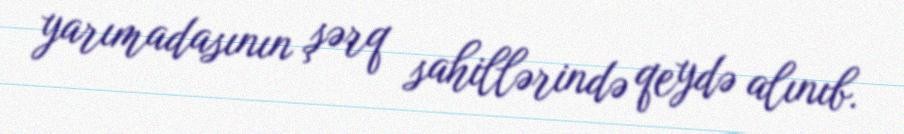
yarımadasının şərq sahillərində qeydə alınıb.